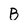
Character: B